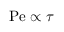
\mathrm { P e } \propto \tau